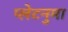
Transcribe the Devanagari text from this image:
प्‍लेटनुमा